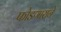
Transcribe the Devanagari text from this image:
फोडणाराने